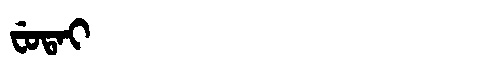
Manchu: ᠸᡠᡨᠠᡳ
Romanization: FUTAI